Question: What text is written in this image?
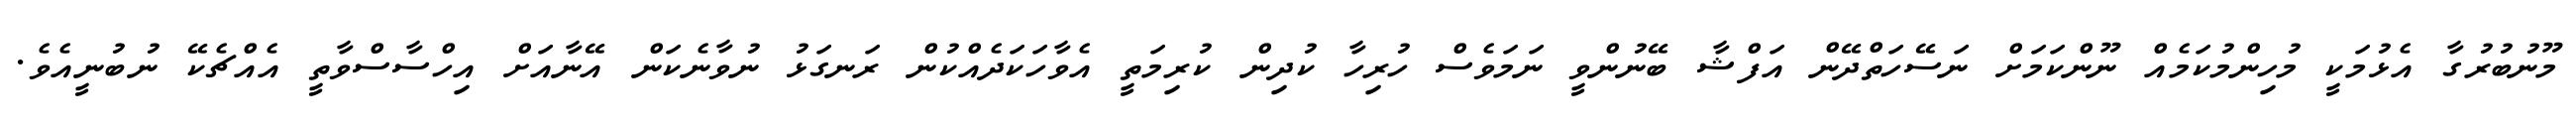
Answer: މޫނުބުރުގާ އެޅުމަކީ މުހިންމުކަމެއް ނޫންކަމަށް ނަސޭހަތްދޭން އަފްޝާ ބޭނުންވީ ނަމަވެސް ހުރިހާ ކުދިން ކުރިމަތީ އެވާހަކަދެއްކުން ރަނގަޅު ނުވާނެކަން އޭނާއަށް އިހްސާސްވާތީ އެއްޗެކޭ ނުބުނީއެވެ.